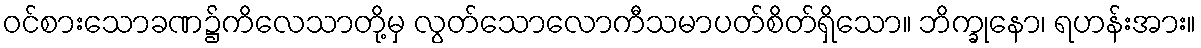
ဝင်စားသောခဏ၌ကိလေသာတို့မှ လွတ်သောလောကီသမာပတ်စိတ်ရှိသော။ ဘိက္ခုနော၊ ရဟန်းအား။